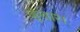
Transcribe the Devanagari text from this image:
ज़ूंखारा